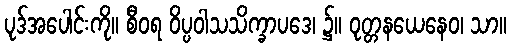
ပုဒ်အပေါင်းကို။ စီဝရ ဝိပ္ပဝါသသိက္ခာပဒေ၊ ၌။ ဝုတ္တနယေနေဝ၊ သာ။